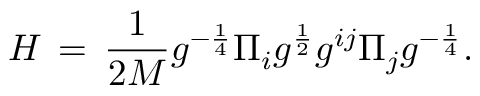
H \, = \, \frac { 1 } { 2 M } g ^ { - \frac { 1 } { 4 } } \Pi _ { i } g ^ { \frac { 1 } { 2 } } g ^ { i j } \Pi _ { j } g ^ { - \frac { 1 } { 4 } } .